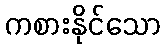
ကစားနိုင်သော